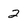
Character: 2